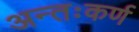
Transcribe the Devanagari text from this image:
अन्तःकर्ण